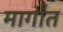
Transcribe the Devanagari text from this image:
मार्गांत